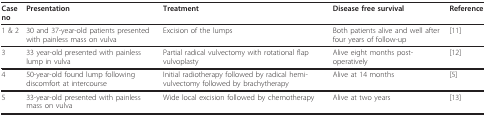
<table><thead><tr><td><b>Case no</b></td><td><b>Presentation</b></td><td><b>Treatment</b></td><td><b>Disease free survival</b></td><td><b>Reference</b></td></tr></thead><tbody><tr><td>1 &amp; 2</td><td>30 and 37-year-old patients presented with painless mass on vulva</td><td>Excision of the lumps</td><td>Both patients alive and well after four years of follow-up</td><td>[11]</td></tr><tr><td>3</td><td>33 year-old presented with painless lump in vulva</td><td>Partial radical vulvectomy with rotational flap vulvoplasty</td><td>Alive eight months post-operatively</td><td>[12]</td></tr><tr><td>4</td><td>50-year-old found lump following discomfort at intercourse</td><td>Initial radiotherapy followed by radical hemi-vulvectomy followed by brachytherapy</td><td>Alive at 14 months</td><td>[5]</td></tr><tr><td>5</td><td>33-year-old presented with painless mass on vulva</td><td>Wide local excision followed by chemotherapy</td><td>Alive at two years</td><td>[13]</td></tr></tbody></table>